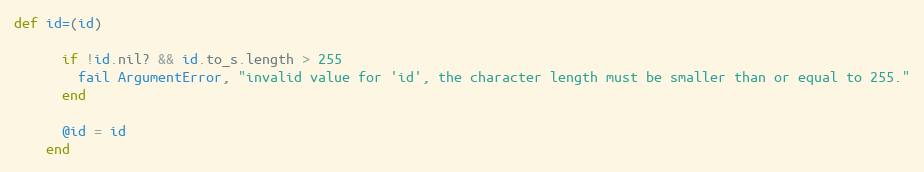
Language: Ruby
def id=(id)

      if !id.nil? && id.to_s.length > 255
        fail ArgumentError, "invalid value for 'id', the character length must be smaller than or equal to 255."
      end

      @id = id
    end